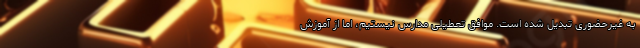
به غیرحضوری تبدیل شده است. موافق تعطیلی مدارس نیستیم، اما از آموزش